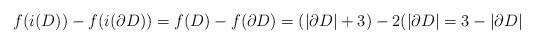
LaTeX: \begin{align*}f(i(D))-f(i(\partial D))= f(D) - f(\partial D) = (|\partial D|+3)-2(|\partial D|=3-|\partial D|\end{align*}